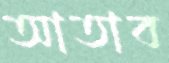
আতাব